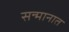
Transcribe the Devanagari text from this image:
सन्मानात